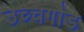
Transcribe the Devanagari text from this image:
उच्चगौड